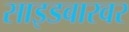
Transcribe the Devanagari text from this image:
साइडबारवर